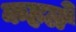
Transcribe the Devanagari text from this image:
कहले